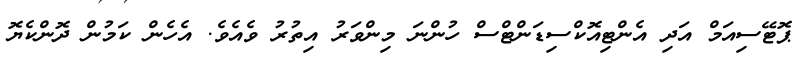
ޕޮޓޭސިިއަމް އަދި އެންޓިއޮކްސިޑަންޓްސް ހުންނަ މިންވަރު އިތުރު ވެއެވެ. އެހެން ކަމުން ދޮންކެޔޮ